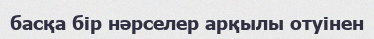
басқа бір нәрселер арқылы отуінен